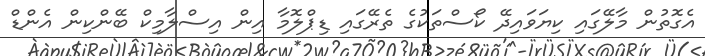
އެގޮތުން މާލޭގައި ކިޔަވައިދޭ ކޯސްތަކުގެ ތެރޭގައި ޑިޕްލޮމާ އިން އިސްލާމިކް ބޭންކިން އެންޑް